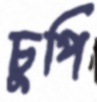
চুপি